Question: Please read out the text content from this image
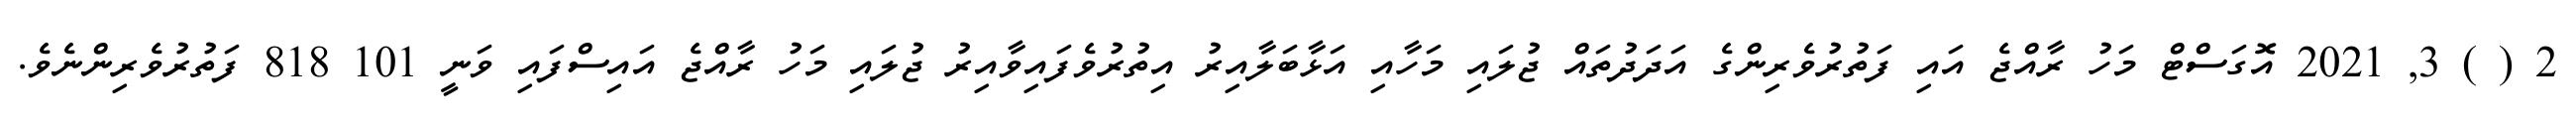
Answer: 2 ( ) 3, 2021 އޮގަސްޓް މަހު ރާއްޖެ އައި ފަތުރުވެރިންގެ އަދަދުތައް ޖުލައި މަހާއި އަޅާބަލާއިރު އިތުރުވެފައިވާއިރު ޖުލައި މަހު ރާއްޖެ އައިސްފައި ވަނީ 101 818 ފަތުރުވެރިންނެވެ.